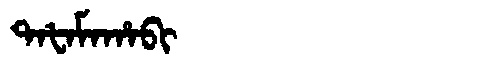
Manchu: ᡨᠠᡶᠠᠮᠠᡥᠠᠪᡳ
Romanization: TAFAMAHABI